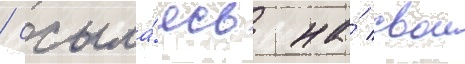
/ ссыла́ясь на́ свои